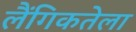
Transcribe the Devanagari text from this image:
लैंगिकतेला